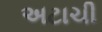
અટાચી